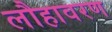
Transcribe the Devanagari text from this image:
लौहावरण